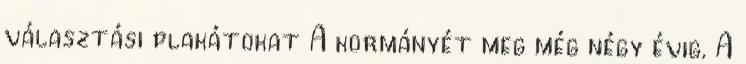
választási plakátokat A kormányét meg még négy évig. A